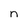
Character: n